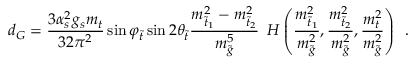
d _ { G } = \frac { 3 \alpha _ { s } ^ { 2 } g _ { s } m _ { t } } { 3 2 \pi ^ { 2 } } \sin \varphi _ { \tilde { t } } \sin 2 \theta _ { \tilde { t } } \frac { m _ { \tilde { t } _ { 1 } } ^ { 2 } - m _ { \tilde { t } _ { 2 } } ^ { 2 } } { m _ { \tilde { g } } ^ { 5 } } \enspace H \left( \frac { m _ { \tilde { t } _ { 1 } } ^ { 2 } } { m _ { \tilde { g } } ^ { 2 } } , \frac { m _ { \tilde { t } _ { 2 } } ^ { 2 } } { m _ { \tilde { g } } ^ { 2 } } , \frac { m _ { t } ^ { 2 } } { m _ { \tilde { g } } ^ { 2 } } \right) \enspace .